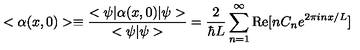
< \alpha ( x , 0 ) > \equiv { \frac { < \psi | \alpha ( x , 0 ) | \psi > } { < \psi | \psi > } } = { \frac { 2 } { \hbar L } } \sum _ { n = 1 } ^ { \infty } \mathrm { R e } [ n C _ { n } e ^ { 2 \pi i n x / L } ]